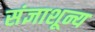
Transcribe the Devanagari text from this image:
संज्ञाशून्य